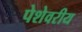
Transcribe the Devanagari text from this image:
पेशेवरीय